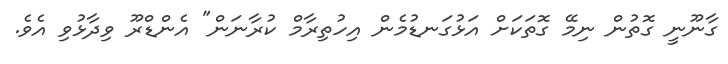
ގާނޫނީ ގޮތުން ނިމޭ ގޮތަކަށް އަޅުގަނޑުމެން އިހުތިރާމް ކުރާނަން" އެންޑްރޫ ވިދާޅުވި އެވެ.